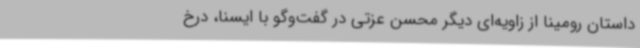
داستان رومینا از زاویه‌ای دیگر محسن عزتی در گفت‌وگو با ایسنا، درخ